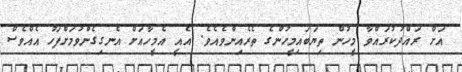
އަށް ރައްދުކުރައްވާ މީހުން ތިޔަބައިމީހުންގެ ތެރެއިންވެއެވެ. އެއީ އެމީހާއަށް އެނގިގެންވުމަށްފަހު އެއްވެސް